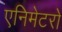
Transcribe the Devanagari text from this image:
एनिमेटरो